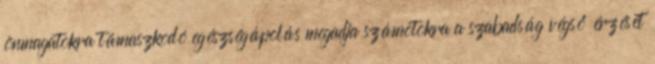
önmagatokra támaszkodó egészségápolás megadja számotokra a szabadság végső érzését